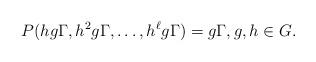
LaTeX: \begin{align*}P(hg\Gamma, h^2g\Gamma, \ldots, h^{\ell} g\Gamma)=g\Gamma, g,h\in G.\end{align*}